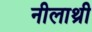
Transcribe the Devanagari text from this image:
नीलाथ्री